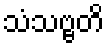
သံသဗ္ဗတိ